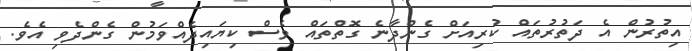
އިތުރުން އެ ދަތުރުތައް ކުރިއަށް ގެންދާނެ ގޮތްތައް ވެސް ކިޔައިދެއްވަމުން ގެންދެވި އެވެ.